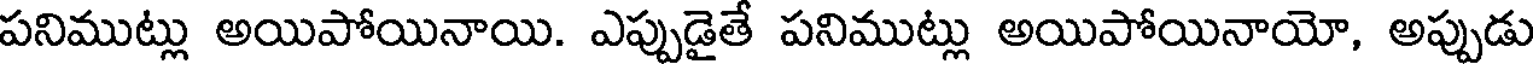
పనిముట్లు అయిపోయినాయి. ఎప్పుడైతే పనిముట్లు అయిపోయినాయో, అప్పుడు